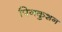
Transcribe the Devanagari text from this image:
पिनकुशन